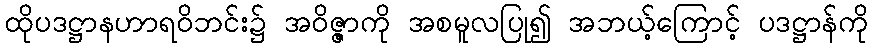
ထိုပဒဋ္ဌာနဟာရဝိဘင်း၌ အဝိဇ္ဇာကို အစမူလပြု၍ အဘယ့်ကြောင့် ပဒဋ္ဌာန်ကို